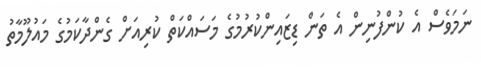
ނަމަވެސް އެ ކުންފުނިން އެ ތަން ޑިޒައިންކުރުމުގެ މަސައްކަތް ކުރިއަށް ގެންދާކަމުގެ މައުލޫމާތު